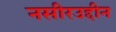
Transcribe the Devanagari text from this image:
नसीरउद्दीन